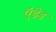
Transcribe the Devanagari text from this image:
ऍडेड